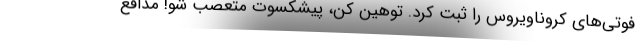
فوتی‌های کروناویروس را ثبت کرد. توهین کن، پیشکسوت متعصب شو! مدافع